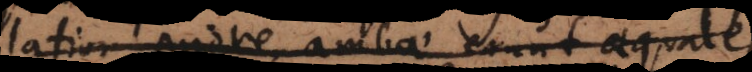
latior priore, ambae erunt aequales,